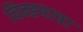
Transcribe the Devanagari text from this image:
चिवडयाचा